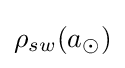
\rho _{sw}(a_{\odot })